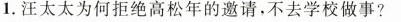
1.汪太太为何拒绝高松年的邀请，不去学校做事?